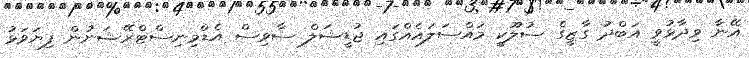
އޭނާ ވިދާޅުވީ އަބްދު ގާޒީގެ ސުލޫކީ މައްސަލައެއްގައި ޖުޑީޝަލް ސާވިސް އެޑްމިނިސްޓްރޭޝަނުން ފިޔަވަޅު